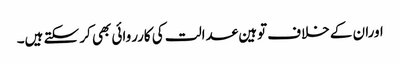
اوران کے خلاف توہین عدالت کی کارروائی بھی کر سکتے ہیں۔